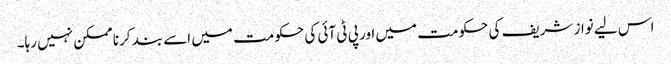
اس لیے نواز شریف کی حکومت میں اور پی ٹی آئی کی حکومت میں اسے بند کرنا ممکن نہیں رہا۔